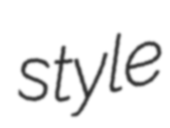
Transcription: style